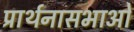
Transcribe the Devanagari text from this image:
प्रार्थनासभाओं